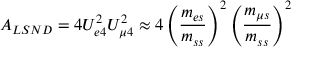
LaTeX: A _ { L S N D } = 4 U _ { e 4 } ^ { 2 } U _ { \mu 4 } ^ { 2 } \approx 4 \left( \frac { m _ { e s } } { m _ { s s } } \right) ^ { 2 } \left( \frac { m _ { \mu s } } { m _ { s s } } \right) ^ { 2 }